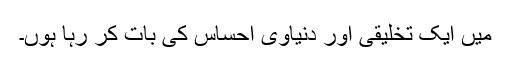
میں ایک تخلیقی اور دنیاوی احساس کی بات کر رہا ہوں۔